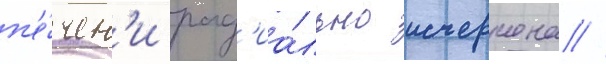
п'е́чен'и рад'иа́льно исчерчена //